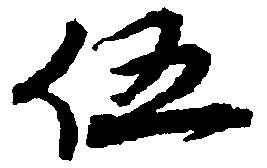
伍